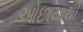
ઓછાયાથી